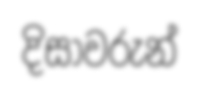
දිසාවරුන්